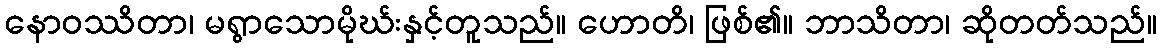
နောဝဿိတာ၊ မရွာသောမိုဃ်းနှင့်တူသည်။ ဟောတိ၊ ဖြစ်၏။ ဘာသိတာ၊ ဆိုတတ်သည်။